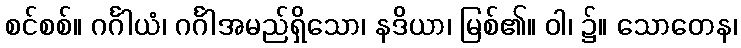
စင်စစ်။ ဂင်္ဂါယံ၊ ဂင်္ဂါအမည်ရှိသော၊ နဒိယာ၊ မြစ်၏။ ဝါ၊ ၌။ သောတေန၊